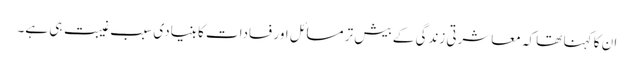
ان کا کہنا تھا کہ معاشرتی زندگی کے بیش تر مسائل اور فسادات کا بنیادی سبب غیبت ہی ہے۔